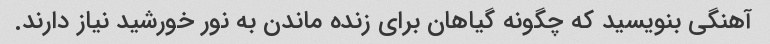
آهنگی بنویسید که چگونه گیاهان برای زنده ماندن به نور خورشید نیاز دارند.